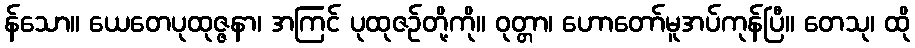
န်သော။ ယေတေပုထုဇ္ဇနာ၊ အကြင် ပုထုဇဉ်တို့ကို။ ဝုတ္တာ၊ ဟောတော်မူအပ်ကုန်ပြီ။ တေသု၊ ထို